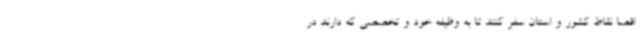
اقصا نقاط کشور و استان سفر کنند تا به وظیفه خود و تخصصی که دارند در